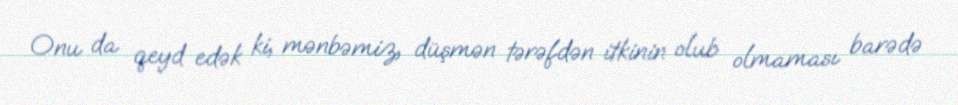
Onu da qeyd edək ki, mənbəmiz, düşmən tərəfdən itkinin olub olmaması barədə